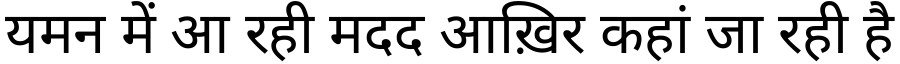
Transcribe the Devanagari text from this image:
यमन में आ रही मदद आख़िर कहां जा रही है